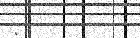
: